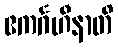
ဧကင်္ဂဟီနာတိ